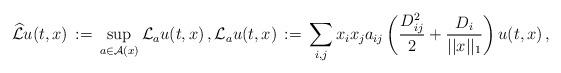
LaTeX: \begin{align*}\widehat{\mathcal{L}} u(t,x)\,:=\, \sup_{a\in \mathcal{A}(x)} \mathcal{L}_{a}u(t,x)\,, \mathcal{L}_{a}u(t,x)\,:=\,\sum_{i,j} x_i x_j a_{ij} \left(\frac{D^2_{ij}}{2} + \frac{D_i}{||x||_1}\right) u(t,x)\,,\end{align*}